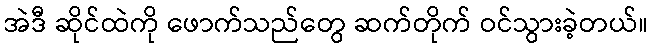
အဲဒီ ဆိုင်ထဲကို ဖောက်သည်တွေ ဆက်တိုက် ဝင်သွားခဲ့တယ်။